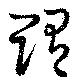
賄